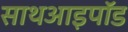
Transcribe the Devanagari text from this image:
साथआइपॉड